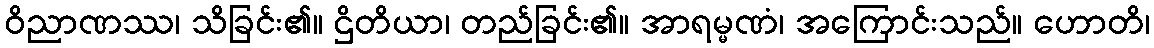
ဝိညာဏဿ၊ သိခြင်း၏။ ဌိတိယာ၊ တည်ခြင်း၏။ အာရမ္မဏံ၊ အကြောင်းသည်။ ဟောတိ၊